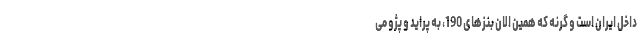
داخل ایران است و گرنه که همین الان بنزهای 190، به پراید و پژو می‌